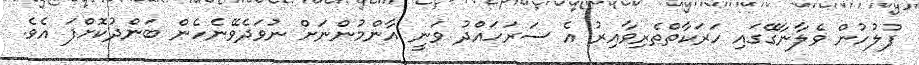
ފުލުހުން ވެލާނާގޭގައި ހަރަކާތްތެރިވާއިރު އެ ސަރަހައްދު ވަނީ އާންމުންނަށް ނުވަދެވޭނެހެން ބަންދުކޮށްފަ އެވެ.